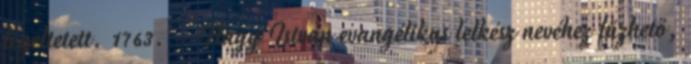
legeltetett. 1763. – Nagy István evangélikus lelkész nevéhez fűzhető,